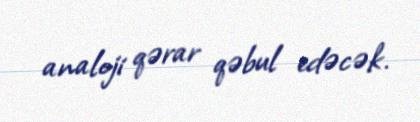
analoji qərar qəbul edəcək.